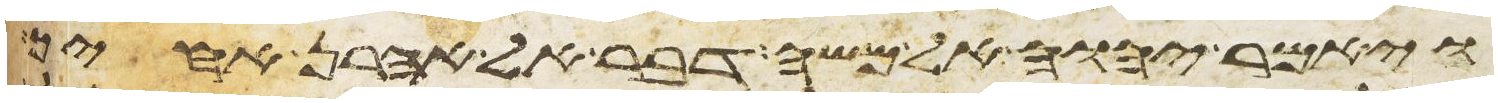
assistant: ויאמר יהוה אל משה דבר אל אהרן אחיך